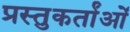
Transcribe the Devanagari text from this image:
प्रस्तुकर्तांओं